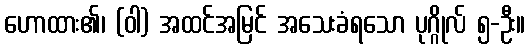
ဟောထား၏၊ (ဝါ) အထင်အမြင် အသေးခံရသော ပုဂ္ဂိုလ် ၅-ဦး။